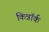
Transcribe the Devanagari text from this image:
किन्नॉर्क